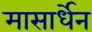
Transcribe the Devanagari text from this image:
मासार्धेन